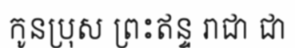
កូនប្រុស ព្រះឥន្ទ រាជា ជា